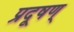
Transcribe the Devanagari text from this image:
प्रदूषण्